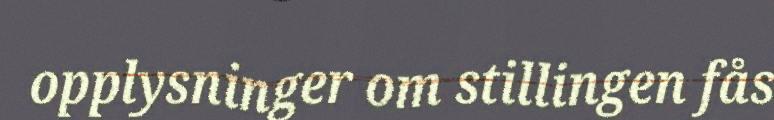
opplysninger om stillingen fås